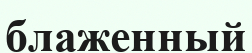
блаженный